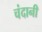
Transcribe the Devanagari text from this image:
चंदानी